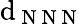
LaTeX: \mathrm{d}_{\mathrm{{~N~N~N~}}}